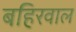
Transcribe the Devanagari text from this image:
बहिरवाल